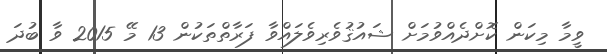
ވީމާ މިކަން ކޮށްދެއްވުމަށް ޝައުޤުވެރިވެލައްވާ ފަރާތްތަކުން 13 މޭ 2015 ވާ ބުދަ